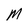
Character: M